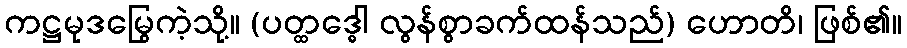
ကဋ္ဌမုဒမြွေကဲ့သို့။ (ပတ္ထဒ္ဓေါ လွန်စွာခက်ထန်သည်) ဟောတိ၊ ဖြစ်၏။